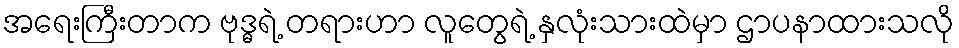
အရေးကြီးတာက ဗုဒ္ဓရဲ့ တရားဟာ လူတွေရဲ့ နှလုံးသားထဲမှာ ဌာပနာထားသလို